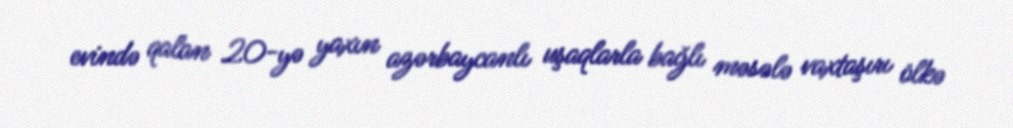
evində qalan 20-yə yaxın azərbaycanlı uşaqlarla bağlı məsələ vaxtaşırı ölkə